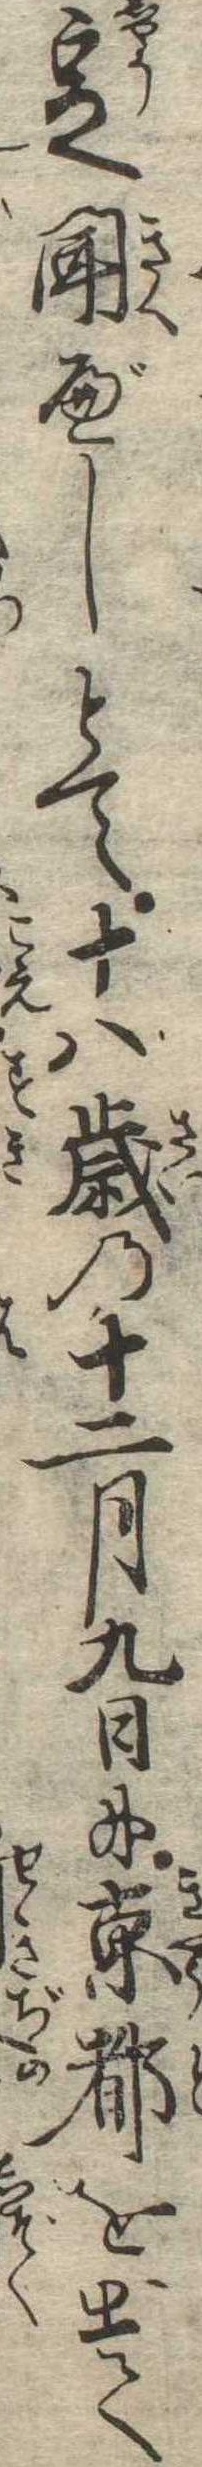
定聞べしとて十八歳の十二月九日に京都を出て